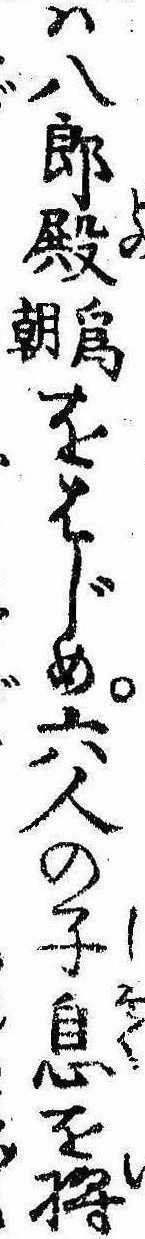
は八郎殿為朝をはじめ六人の子息を将